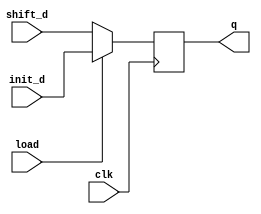
module D_ff_Shifter(input clk, input load, input init_d , input shift_d, output reg q);
always @ (negedge clk)
begin
  if(load==1)
  q=init_d;
  else
  q=shift_d;
end
endmodule

module D_ff_cnt( input d,output reg q);
always@(d)
q=d;
endmodule

module counter(input clk, input load, output [2:0] cnt);
// On negedge clk, when load is 1, cnt is initialized with 4.
// On negedge clk, when load is 0, cnt is decremented by 1.
reg[2:0] count;
always @ (negedge clk)
	begin
		if(load==1)
			count=3'b100;

		if(load==0)
			count=count-1;
	end
D_ff_cnt df0 (count[0],cnt[0]);
D_ff_cnt df1 (count[1],cnt[1]);
D_ff_cnt df2 (count[2],cnt[2]);
endmodule

module rShiftReg(input clk, input load, input [3:0] multiplier, input [3:0] adderResult, output [8:0] Q);
D_ff_Shifter d0(clk, load, 1'b0, Q[1], Q[0]);
D_ff_Shifter d1(clk, load, multiplier[0], Q[2], Q[1]);
D_ff_Shifter d2(clk, load, multiplier[1], Q[3], Q[2]);
D_ff_Shifter d3(clk, load, multiplier[2], Q[4], Q[3]);
D_ff_Shifter d4(clk, load, multiplier[3], adderResult[0], Q[4]);
D_ff_Shifter d5(clk, load, 1'b0, adderResult[1], Q[5]);
D_ff_Shifter d6(clk, load, 1'b0, adderResult[2], Q[6]);
D_ff_Shifter d7(clk, load, 1'b0, adderResult[3], Q[7]);
D_ff_Shifter d8(clk, load, 1'b0, adderResult[3], Q[8]);
endmodule

module adder(input q1, input q0, input [3:0] A, input [3:0] multiplicand, output reg [3:0] adderOut);
always @ (q1 or q0 or A or multiplicand)
	begin
	if(q1==1 && q0==0)
	adderOut = A - multiplicand;
	else if(q1==0 && q0==1)
	adderOut = A + multiplicand;
	else
	adderOut = A;
	end
endmodule

module sExt(input [3:0] in, output reg [7:0] out);
always @ (in)
begin
	out[0]=in[0];
	out[1]=in[1];
	out[2]=in[2];
	out[3]=in[3];
	out[4]=in[3];
	out[5]=in[3];
	out[6]=in[3];
	out[7]=in[3];
end
endmodule

module alu( input select,input [2:0] cnt,input [7:0] in1,input [7:0] in2,output reg [7:0] aluOut);
//When cnt is 0 and select is 1 alu performs add operation(in1+in2).
//When cnt is 0 and select is 0 alu performs subtract operation(in1-in2).
always @ (select or cnt)
begin
	if(cnt==0 && select==1)
		aluOut=in1+in2;
	else if(cnt==0 && select==0)
		aluOut=in1-in2;
end
endmodule

module mulAddSub(input clk, input load, input select, input [3:0] multiplier, input [3:0] multiplicand, input [3:0] in3, output [7:0] aluOut);
wire[8:0] outrshft;
wire[7:0] outst;
wire[2:0] outcnt;
wire[3:0] outadder;
rShiftReg r1 (clk, load, multiplier, outadder, outrshft);
adder a1 (outrshft[1], outrshft[0], outrshft[8:5], multiplicand, outadder);
sExt s1 (in3, outst);
counter c1 (clk, load, outcnt);
alu al1 (select, outcnt, outrshft[8:1], outst, aluOut);
endmodule

module testMulAddSub;
// Inputs
reg clk,load,select;
reg [3:0] multiplier,multiplicand,in3;
// Outputs
wire [7:0] aluOut;
// Instantiate the Unit Under Test (UUT)
mulAddSub uut (
.clk(clk),
.load(load),
.select(select),
.multiplier(multiplier),
.multiplicand(multiplicand),
.in3(in3),
.aluOut(aluOut)
);
always #5 clk=~clk;
initial begin
//$monitor($time," %d * %d select( %b ) %d = %d ",multiplier,multiplicand,select,in3,aluOut);
// Initialize Inputs
//Case 1 : multiplier = 1 mulitplicand = 5 select = 1 (add) in3 = 5, (5 * 1 + 5 = 10)
clk = 0;
load = 1;
multiplier = 1;
multiplicand = 5;
in3 = 5;
select = 1;
#10 load = 0;
#40
//Case 2 : multiplier = -5 mulitplicand = 5 select = 1 (add) in3 = 5, (5 * (-5) + 5 = (-20))
load = 1;
multiplier = -5;
multiplicand = 5;
#7 select = 1; in3=5; //#10 select = 0; load=0;
#3 load=0;
#40
//Case 3 : multiplier = -5 mulitplicand = -7 select = 0 (sub) in3 = 5, ((-7) * (-5) - 5 = 30)
load = 1;
multiplier = -5;
multiplicand = -7;  
#7select = 0; in3=5;
#3 load=0;
#40
//Case 4 : multiplier = 6 mulitplicand = -6 select = 1 (add) in3 = -4, (6 * (-6) + (-4) = (-40))
load = 1;
multiplier = 6;
multiplicand = -6;
#7select = 1; in3=-4;
#3 load=0;
#50
$finish;
end
endmodule